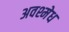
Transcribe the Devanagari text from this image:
अवश्मेध